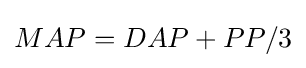
MAP=DAP+PP/3